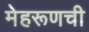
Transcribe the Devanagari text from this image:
मेहरूणची